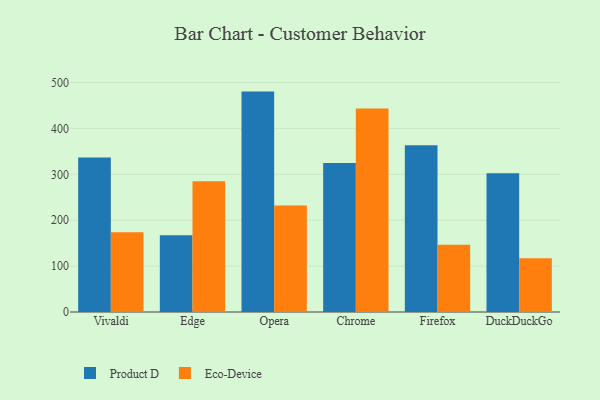
{"axis": {"x": "Browser", "y": "Operating Costs (USD K)"}, "legend": ["Eco-Device", "Product D"], "data": [{"x": "Vivaldi", "y": 336.7, "type": "Product D"}, {"x": "Vivaldi", "y": 173.8, "type": "Eco-Device"}, {"x": "Edge", "y": 167.0, "type": "Product D"}, {"x": "Edge", "y": 284.8, "type": "Eco-Device"}, {"x": "Opera", "y": 480.3, "type": "Product D"}, {"x": "Opera", "y": 232.3, "type": "Eco-Device"}, {"x": "Chrome", "y": 324.5, "type": "Product D"}, {"x": "Chrome", "y": 443.4, "type": "Eco-Device"}, {"x": "Firefox", "y": 363.5, "type": "Product D"}, {"x": "Firefox", "y": 146.3, "type": "Eco-Device"}, {"x": "DuckDuckGo", "y": 302.2, "type": "Product D"}, {"x": "DuckDuckGo", "y": 116.9, "type": "Eco-Device"}]}